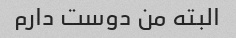
البته من دوست دارم